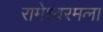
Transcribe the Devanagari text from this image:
रामेश्वरमला